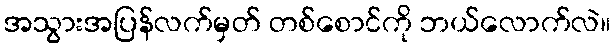
အသွားအပြန်လက်မှတ် တစ်စောင်ကို ဘယ်လောက်လဲ။